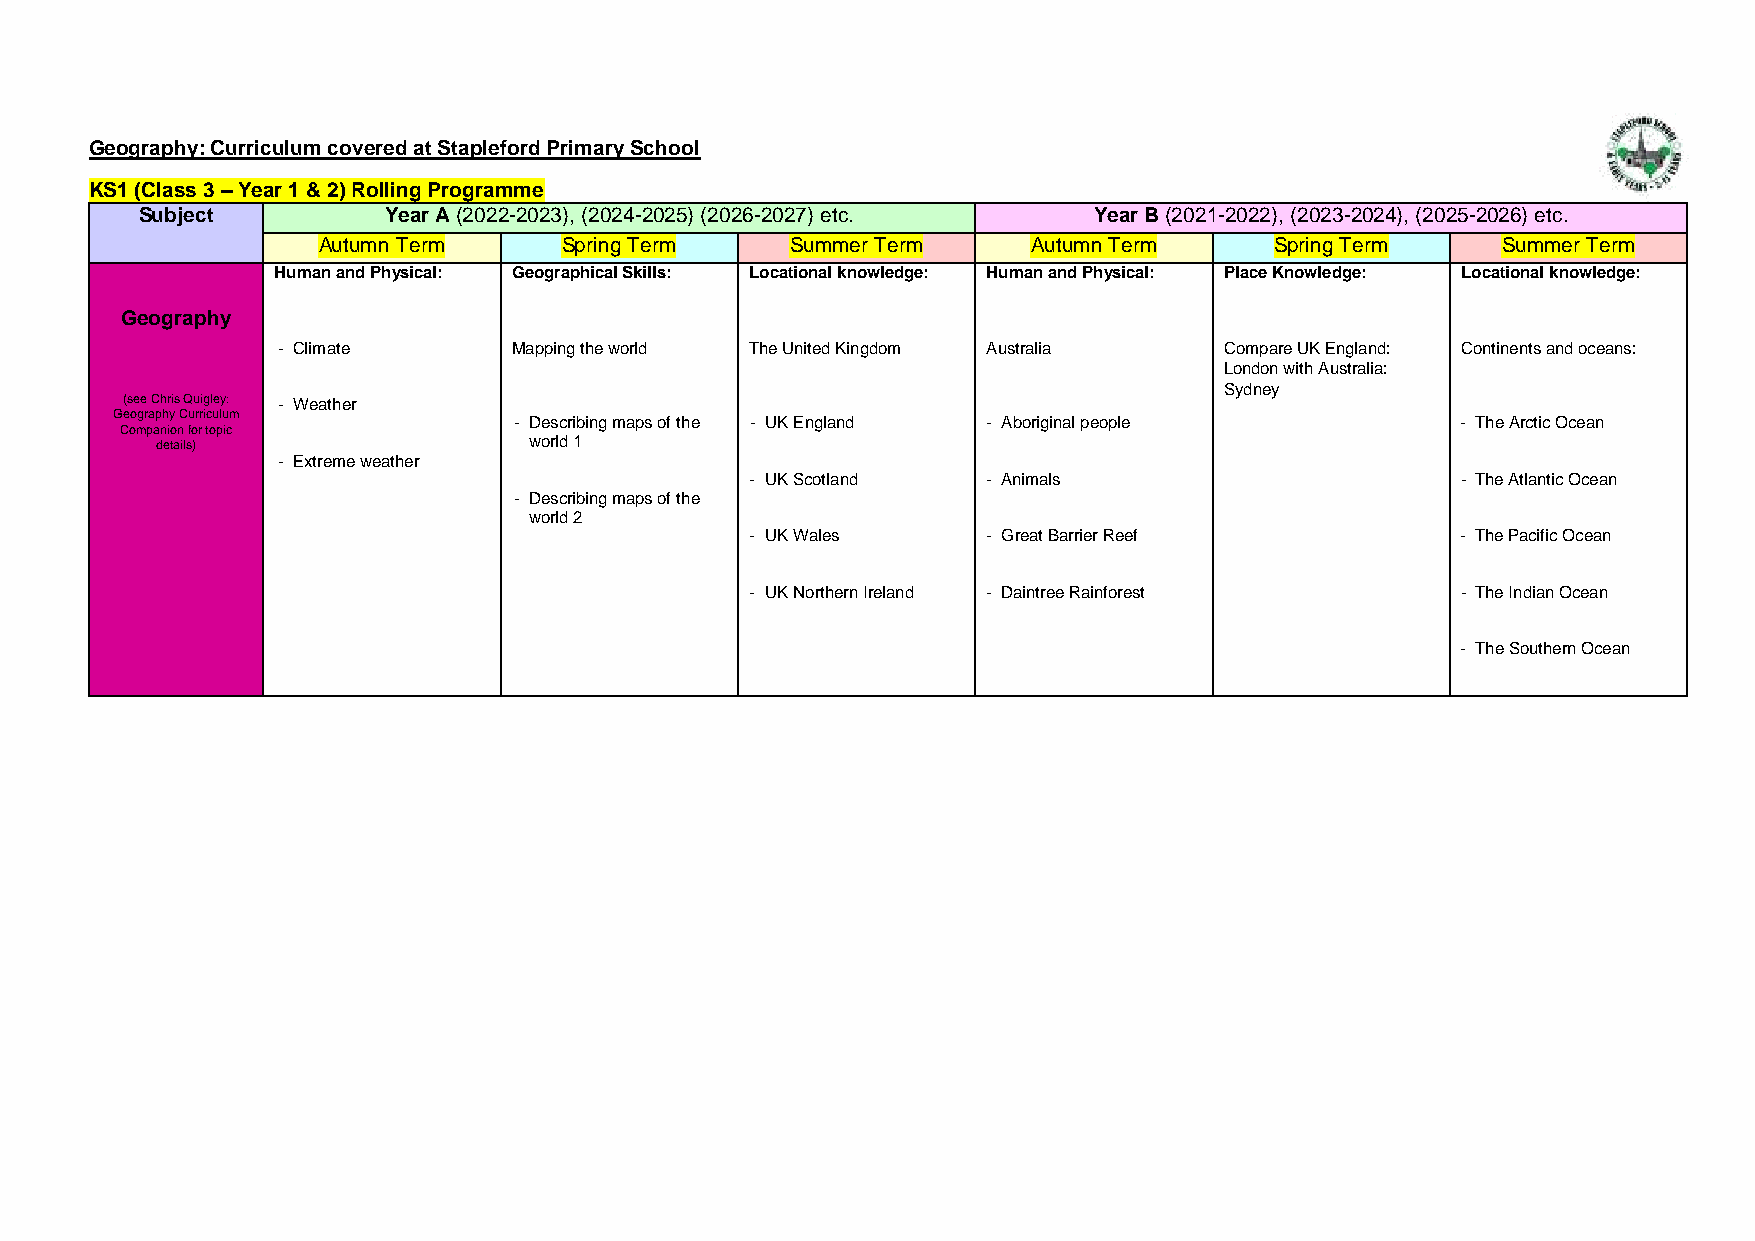
Geography: Curriculum covered at Stapleford Primary School
 KS1 (Class 3 – Year 1 & 2) Rolling Programme
 Subject         Year A (2022-2023), (2024-2025) (2026-2027) etc. Year B (2021-2022), (2023-2024), (2025-2026) etc.
 Autumn Term     Spring Term    Summer Term     Autumn Term     Spring Term    Summer Term
 Human and Physical: Geographical Skills: Locational knowledge: Human and Physical: Place Knowledge: Locational knowledge:
 Geography
 - Climate       Mapping the world The United Kingdom Australia Compare UK England: Continents and oceans:
 London with Australia:
 Sydney
 (see Chris Quigley: - Weather
 Geography Curriculum
 Companion for topic
 - Describing maps of the - UK England - Aboriginal people      - The Arctic Ocean
 details)                 world 1
 - Extreme weather
 - UK Scotland  - Animals                       - The Atlantic Ocean
 - Describing maps of the
 world 2
 - UK Wales     - Great Barrier Reef            - The Pacific Ocean
 - UK Northern Ireland - Daintree Rainforest    - The Indian Ocean
 - The Southern Ocean